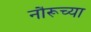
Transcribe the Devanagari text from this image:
नौरूच्या